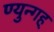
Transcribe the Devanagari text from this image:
ण्युन्गह्